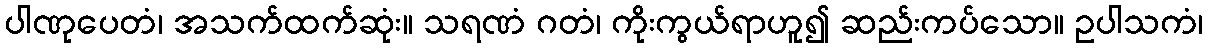
ပါဏုပေတံ၊ အသက်ထက်ဆုံး။ သရဏံ ဂတံ၊ ကိုးကွယ်ရာဟူ၍ ဆည်းကပ်သော။ ဥပါသကံ၊